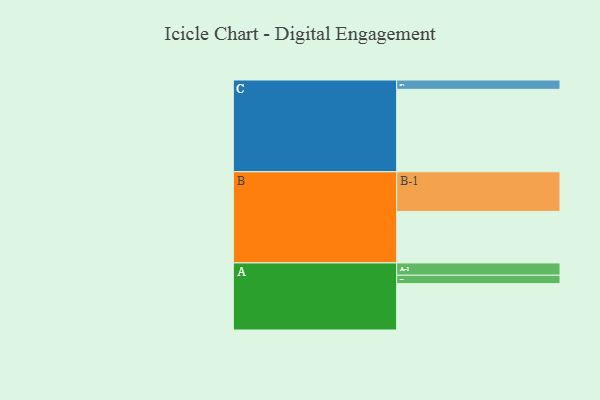
{"axis": {"x": "Segment", "y": "Value"}, "legend": ["", "A", "B", "C"], "data": [{"x": "A", "y": 313, "type": ""}, {"x": "B", "y": 348, "type": ""}, {"x": "C", "y": 557, "type": ""}, {"x": "A-1", "y": 83, "type": "A"}, {"x": "A-2", "y": 57, "type": "A"}, {"x": "B-1", "y": 268, "type": "B"}, {"x": "C-1", "y": 63, "type": "C"}]}